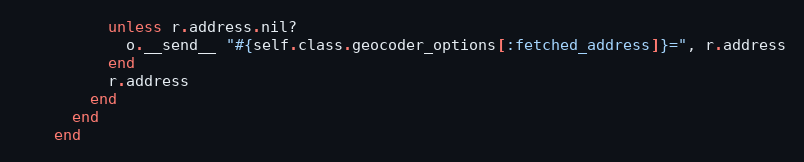
Language: Ruby
          unless r.address.nil?
            o.__send__ "#{self.class.geocoder_options[:fetched_address]}=", r.address
          end
          r.address
        end
      end
    end